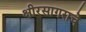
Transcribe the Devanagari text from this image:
क्षीरसागराचे